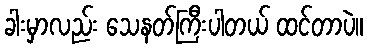
ခါးမှာလည်း သေနတ်ကြီးပါတယ် ထင်တာပဲ။